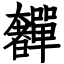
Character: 奲